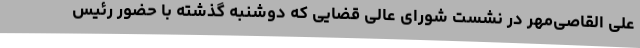
علی القاصی‌مهر در نشست شورای عالی قضایی که دوشنبه گذشته با حضور رئیس